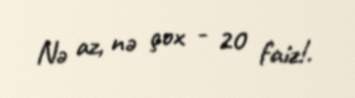
Nə az, nə çox - 20 faiz!.